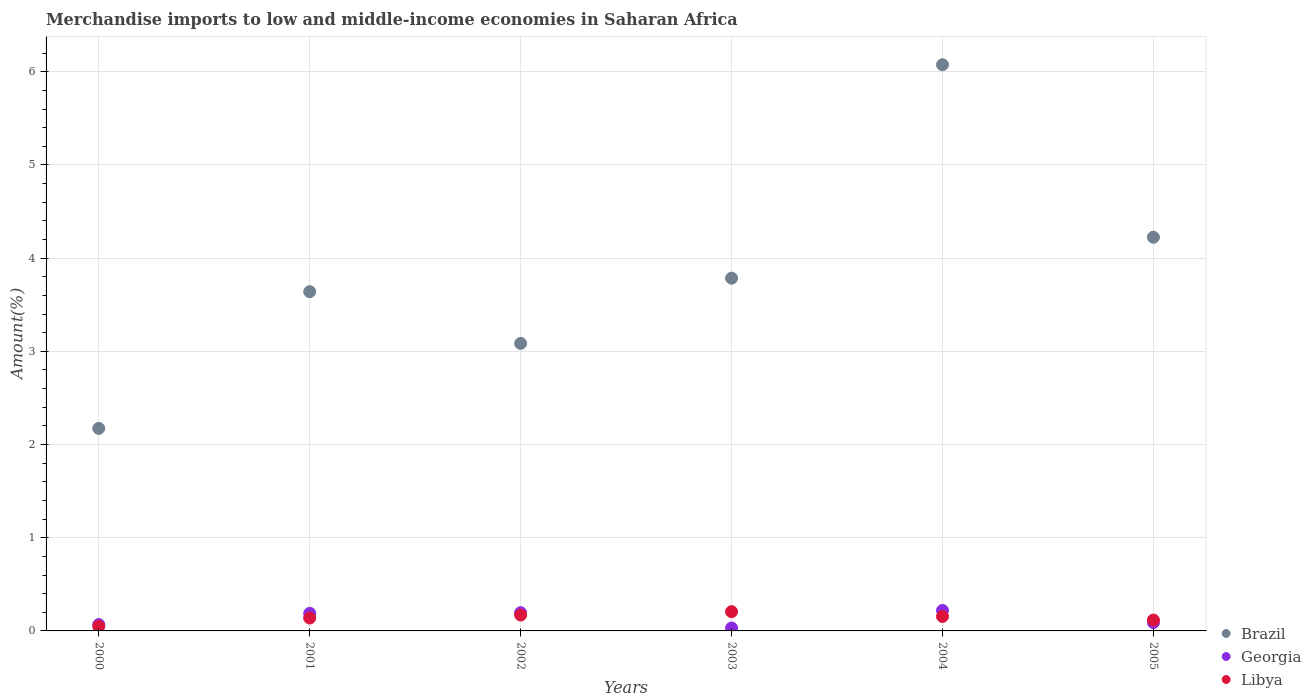
| Years | Brazil | Georgia | Libya |
 | --- | --- | --- | --- |
 | 2000 | 2.17 | 0.0681 | 0.0486 |
 | 2001 | 3.64 | 0.189 | 0.138 |
 | 2002 | 3.09 | 0.196 | 0.171 |
 | 2003 | 3.79 | 0.0317 | 0.207 |
 | 2004 | 6.08 | 0.22 | 0.155 |
 | 2005 | 4.22 | 0.0895 | 0.117 |